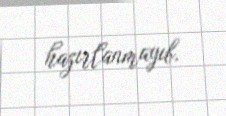
hazırlanmayıb.